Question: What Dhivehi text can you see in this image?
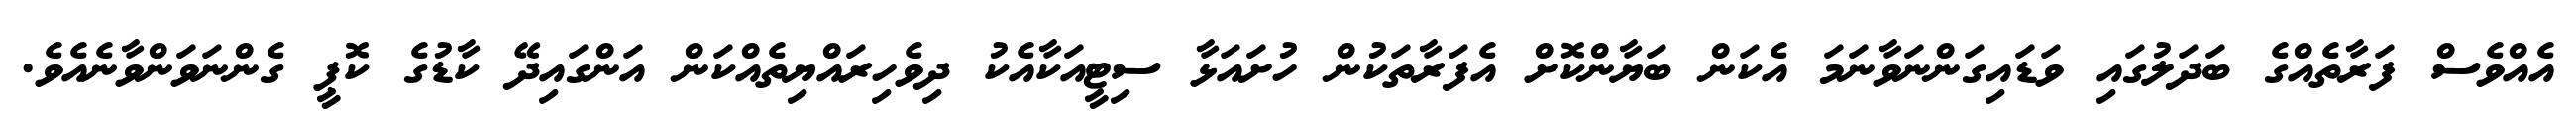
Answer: އެއްވެސް ފަރާތެއްގެ ބަދަލުގައި ވަޑައިގަންނަވާނަމަ އެކަން ބަޔާންކޮށް އެފަރާތަކުން ހުށައަޅާ ސިޓީއަކާއެކު ދިވެހިރައްޔިތެއްކަން އަންގައިދޭ ކާޑުގެ ކޮޕީ ގެންނަވަންވާނެއެވެ.